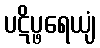
ပဋိပ္ဖရေယျံ